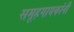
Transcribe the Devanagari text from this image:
समूहगायकांनी